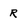
Character: R